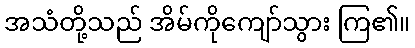
အသံတို့သည် အိမ်ကိုကျော်သွား ကြ၏။